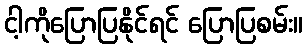
ငါ့ကိုပြောပြနိုင်ရင် ပြောပြစမ်း။